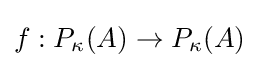
f:P_{\kappa }(A)\to P_{\kappa }(A)